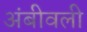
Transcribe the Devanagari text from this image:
अंबीवली